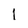
Character: I